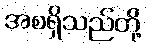
အစရှိသည်တို့